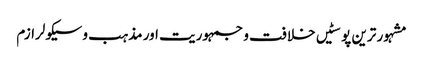
مشہور ترین پوسٹیں	خلافت و جمہوریت اور مذہب و سیکولرازم